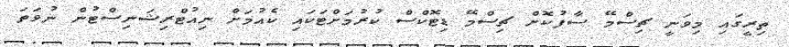
ތިރީގައި މިވަނީ ޗިސްމޭ ސާފުކޮށް ޗިސްމޭ ޑިޓޮކްސް ކުރުމަށްޓަކައި ކެއުމަށް ނިއުޓްރިޝަނިސްޓުން ނުވަތަ